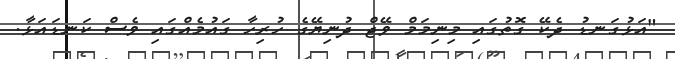
"އަޅުގަނޑު ދެކޭ ގޮތުގައި މިނިމަމް ވޭޖް ދުނިޔޭގެ ހުރިހާ ގައުމެއްގައި ވެސް ކަނޑައަޅާ.